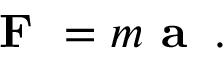
{ \textbf { F } } = m { \textbf { a } } \, .